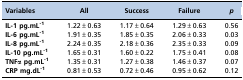
<table><thead><tr><td><b>Variables</b></td><td><b>All</b></td><td><b>Success</b></td><td><b>Failure</b></td><td><b><i>p</i></b></td></tr></thead><tbody><tr><td><b>IL-1 pg.mL<sup>-1</sup></b></td><td>1.22±0.63</td><td>1.17±0.64</td><td>1.29±0.63</td><td>0.56</td></tr><tr><td><b>IL-6 pg.mL<sup>-1</sup></b></td><td>1.91±0.35</td><td>1.85±0.35</td><td>2.06±0.33</td><td>0.03</td></tr><tr><td><b>IL-8 pg.mL<sup>-1</sup></b></td><td>2.24±0.35</td><td>2.18±0.36</td><td>2.35±0.33</td><td>0.09</td></tr><tr><td><b>IL-10 pg.mL<sup>-1</sup></b></td><td>1.65±0.31</td><td>1.60±0.22</td><td>1.75±0.41</td><td>0.08</td></tr><tr><td><b>TNFα pg.mL<sup>-1</sup></b></td><td>1.35±0.31</td><td>1.27±0.38</td><td>1.46±0.37</td><td>0.07</td></tr><tr><td><b>CRP mg.dL<sup>-1</sup></b></td><td>0.81±0.53</td><td>0.72±0.46</td><td>0.95±0.62</td><td>0.12</td></tr></tbody></table>